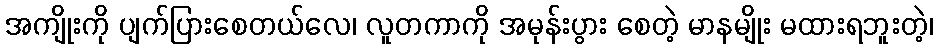
အကျိုးကို ပျက်ပြားစေတယ်လေ၊ လူတကာကို အမုန်းပွား စေတဲ့ မာနမျိုး မထားရဘူးတဲ့၊